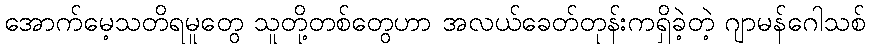
အောက်မေ့သတိရမူတွေ သူတို့တစ်တွေဟာ အလယ်ခေတ်တုန်းကရှိခဲ့တဲ့ ဂျာမန်ဂေါသစ်